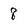
Character: 8